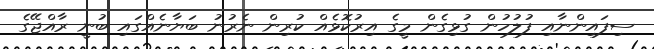
ސިފައިންނާއި ފުލުހުން ގުޅިގެން މީގެ އިރުކޮޅެއް ކުރިން ނެރުނު ބަޔާނެއްގައި ބުނީ ރާއްޖޭގެ